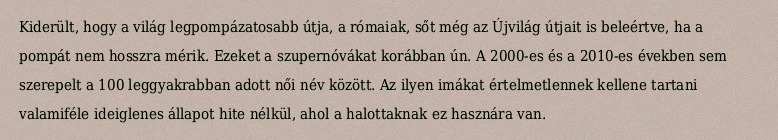
Kiderült, hogy a világ legpompázatosabb útja, a rómaiak, sőt még az Újvilág útjait is beleértve, ha a pompát nem hosszra mérik. Ezeket a szupernóvákat korábban ún. A 2000-es és a 2010-es években sem szerepelt a 100 leggyakrabban adott női név között. Az ilyen imákat értelmetlennek kellene tartani valamiféle ideiglenes állapot hite nélkül, ahol a halottaknak ez hasznára van.